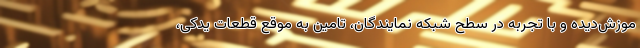
موزش‌دیده و با تجربه در سطح شبکه نمایندگان، تامین به موقع قطعات یدکی،